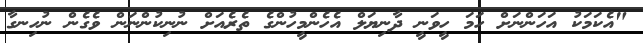
"އެކަމަކު އަހަންނަށް ހަމަ ހީވަނީ ދާނިޔަލް އެހެންމީހުންގެ ތެރެއަށް ނުނިކުންނަން ވެގެން ނުހިނގާ